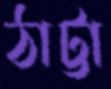
ঠাট্টা